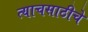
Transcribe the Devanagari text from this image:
त्याचसाठीचे